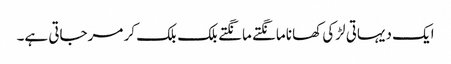
ایک دیہاتی لڑکی کھانا مانگتے مانگتے بلک بلک کر مرجاتی ہے۔